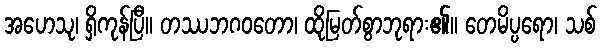
အဟေသု၊ ရှိကုန်ပြီ။ တဿဘဂဝတော၊ ထိုမြတ်စွာဘုရား၏။ တေမိပ္ပရော၊ သစ်